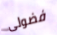
فضولى